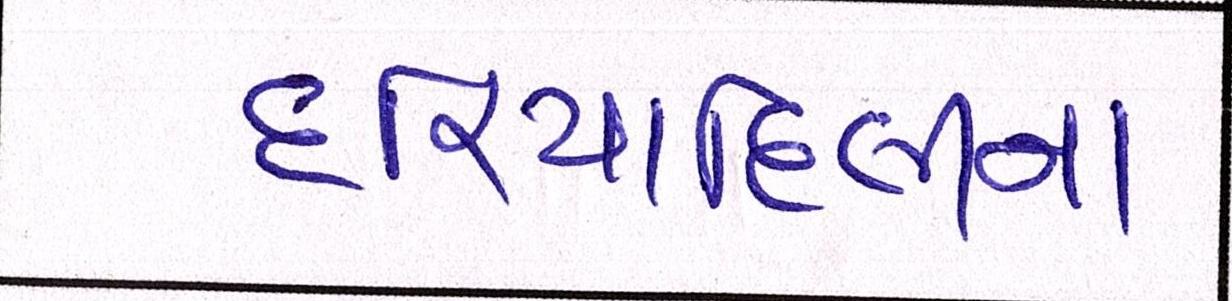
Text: દરિયાદિલીના